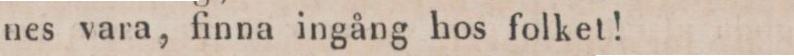
nes vara, finna ingång hos folket!    — g.